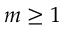
m \ge 1